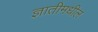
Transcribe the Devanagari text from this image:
ज्ञातीमधील